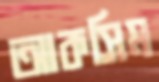
আকসিম